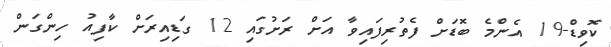
ކޮވިޑް-19 އެންމެ ބޮޑަށް ފެތުރިފައިވާ އަށް ރަށުގައި 12 ގަޑިއިރަށް ކާފިއު ހިންގަން